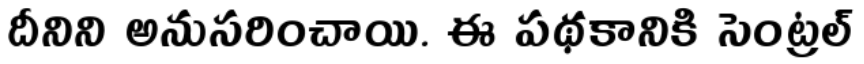
దీనిని అనుసరించాయి. ఈ పథకానికి సెంట్రల్